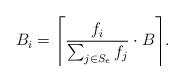
LaTeX: \begin{align*}B_i = \Bigg\lceil \frac{f_i}{\sum_{j \in S_e} f_j} \cdot B \Bigg\rceil.\end{align*}